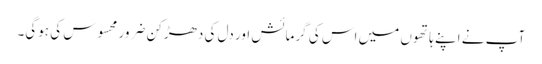
آپ نے اپنے ہاتھوں میں اس کی گرمائش اور دل کی دھڑکن ضرور محسوس کی ہوگی۔